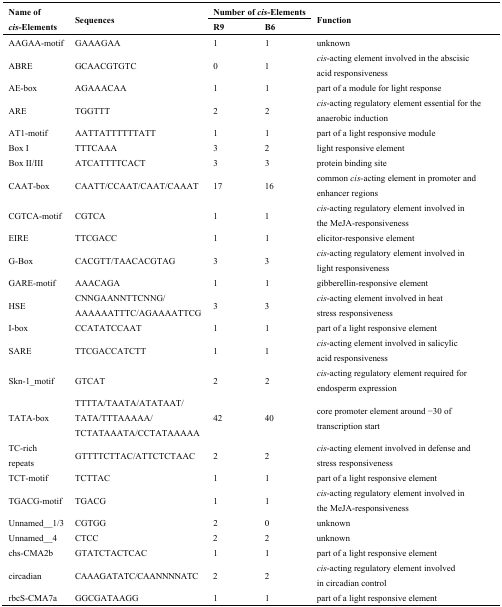
<table><thead><tr><td rowspan="2"><b>Name of <i>cis</i>-Elements</b></td><td rowspan="2"><b>Sequences</b></td><td colspan="2"><b>Number of <i>cis</i>-Elements</b></td><td rowspan="2"><b>Function</b></td></tr><tr><td><b>R9</b></td><td><b>B6</b></td></tr></thead><tbody><tr><td>AAGAA-motif</td><td>GAAAGAA</td><td>1</td><td>1</td><td>unknown</td></tr><tr><td>ABRE</td><td>GCAACGTGTC</td><td>0</td><td>1</td><td><i>cis</i>-acting element involved in the abscisic acid responsiveness</td></tr><tr><td>AE-box</td><td>AGAAACAA</td><td>1</td><td>1</td><td>part of a module for light response</td></tr><tr><td>ARE</td><td>TGGTTT</td><td>2</td><td>2</td><td><i>cis</i>-acting regulatory element essential for the anaerobic induction</td></tr><tr><td>AT1-motif</td><td>AATTATTTTTTATT</td><td>1</td><td>1</td><td>part of a light responsive module</td></tr><tr><td>Box I</td><td>TTTCAAA</td><td>3</td><td>2</td><td>light responsive element</td></tr><tr><td>Box II/III</td><td>ATCATTTTCACT</td><td>3</td><td>3</td><td>protein binding site</td></tr><tr><td>CAAT-box</td><td>CAATT/CCAAT/CAAT/CAAAT</td><td>17</td><td>16</td><td>common <i>cis</i>-acting element in promoter and enhancer regions</td></tr><tr><td>CGTCA-motif</td><td>CGTCA</td><td>1</td><td>1</td><td><i>cis</i>-acting regulatory element involved in the MeJA-responsiveness</td></tr><tr><td>EIRE</td><td>TTCGACC</td><td>1</td><td>1</td><td>elicitor-responsive element</td></tr><tr><td>G-Box</td><td>CACGTT/TAACACGTAG</td><td>3</td><td>3</td><td><i>cis</i>-acting regulatory element involved in light responsiveness</td></tr><tr><td>GARE-motif</td><td>AAACAGA</td><td>1</td><td>1</td><td>gibberellin-responsive element</td></tr><tr><td>HSE</td><td>CNNGAANNTTCNNG/AAAAAATTTC/AGAAAATTCG</td><td>3</td><td>3</td><td><i>cis</i>-acting element involved in heat stress responsiveness</td></tr><tr><td>I-box</td><td>CCATATCCAAT</td><td>1</td><td>1</td><td>part of a light responsive element</td></tr><tr><td>SARE</td><td>TTCGACCATCTT</td><td>1</td><td>1</td><td><i>cis</i>-acting element involved in salicylic acid responsiveness</td></tr><tr><td>Skn-1_motif</td><td>GTCAT</td><td>2</td><td>2</td><td><i>cis</i>-acting regulatory element required for endosperm expression</td></tr><tr><td>TATA-box</td><td>TTTTA/TAATA/ATATAAT/TATA/TTTAAAAA/TCTATAAATA/CCTATAAAAA</td><td>42</td><td>40</td><td>core promoter element around −30 of transcription start</td></tr><tr><td>TC-rich repeats</td><td>GTTTTCTTAC/ATTCTCTAAC</td><td>2</td><td>2</td><td><i>cis</i>-acting element involved in defense and stress responsiveness</td></tr><tr><td>TCT-motif</td><td>TCTTAC</td><td>1</td><td>1</td><td>part of a light responsive element</td></tr><tr><td>TGACG-motif</td><td>TGACG</td><td>1</td><td>1</td><td><i>cis</i>-acting regulatory element involved in the MeJA-responsiveness</td></tr><tr><td>Unnamed__1/3</td><td>CGTGG</td><td>2</td><td>0</td><td>unknown</td></tr><tr><td>Unnamed__4</td><td>CTCC</td><td>2</td><td>2</td><td>unknown</td></tr><tr><td>chs-CMA2b</td><td>GTATCTACTCAC</td><td>1</td><td>1</td><td>part of a light responsive element</td></tr><tr><td>circadian</td><td>CAAAGATATC/CAANNNNATC</td><td>2</td><td>2</td><td><i>cis</i>-acting regulatory element involved in circadian control</td></tr><tr><td>rbcS-CMA7a</td><td>GGCGATAAGG</td><td>1</td><td>1</td><td>part of a light responsive element</td></tr></tbody></table>